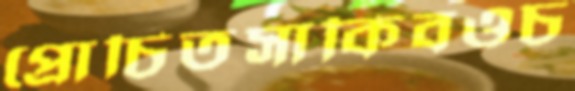
প্রোচিতসাকিবওচ